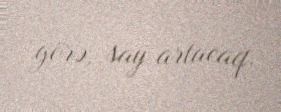
görə, say artacaq.